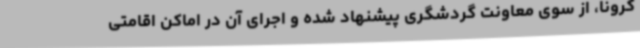
کرونا، از سوی معاونت گردشگری پیشنهاد شده و اجرای آن در اماکن اقامتی